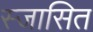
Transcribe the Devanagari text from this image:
स्जासित